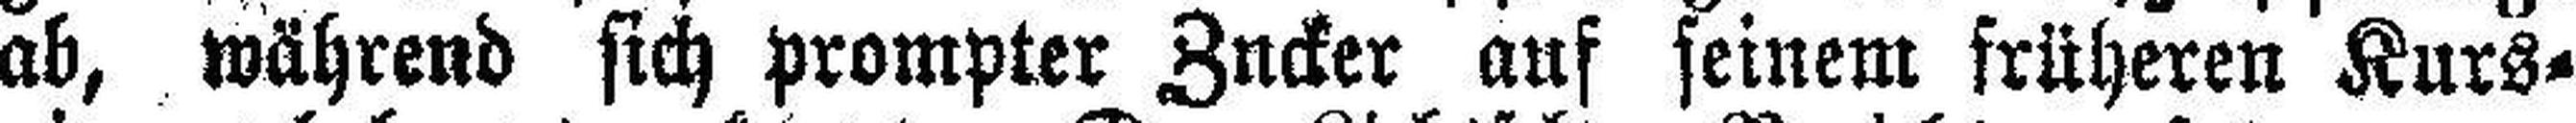
ab, während sich prompter Zucker auf seinem früheren Kurs¬